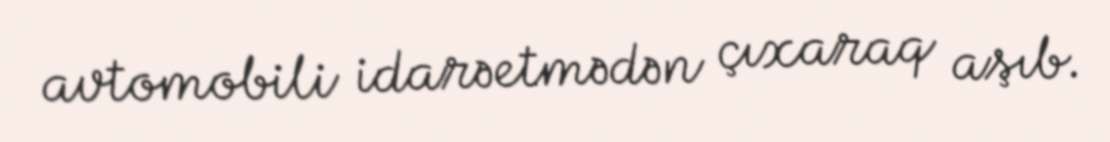
avtomobili idarəetmədən çıxaraq aşıb.